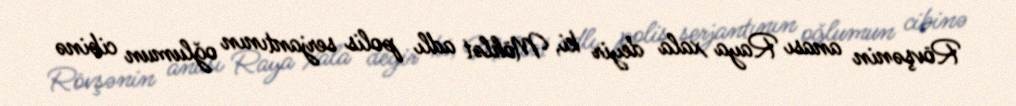
Rövşənin anası Raya xala deyir ki, Möhlət adlı polis serjantının oğlumun cibinə